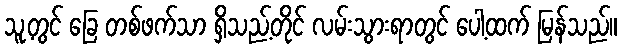
သူ့တွင် ခြေ တစ်ဖက်သာ ရှိသည့်တိုင် လမ်းသွားရာတွင် ပေါ့ထက် မြန်သည်။